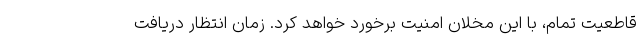
قاطعیت تمام، با این مخلان امنیت برخورد خواهد کرد. زمان انتظار دریافت